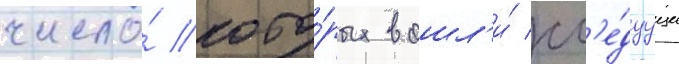
число́ кото́рых вошл'и́ сл'е́дуущие